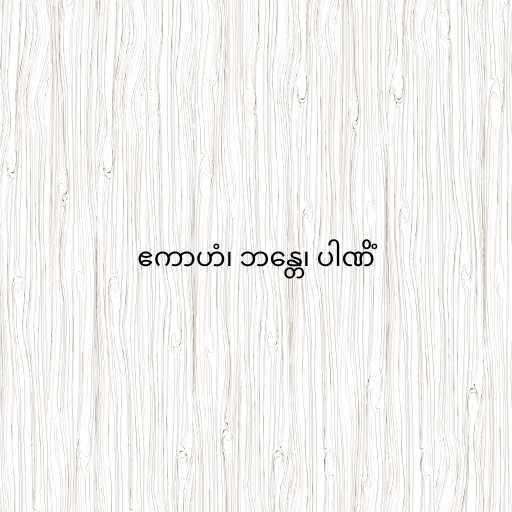
ဧကာဟံ၊ ဘန္တေ၊ ပါဏိံ